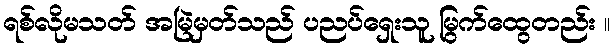
ရစ်လိုမသတ် အမြဲမှတ်သည် ပညပ်ရှေးသူ မြွက်ထွေတည်း ။